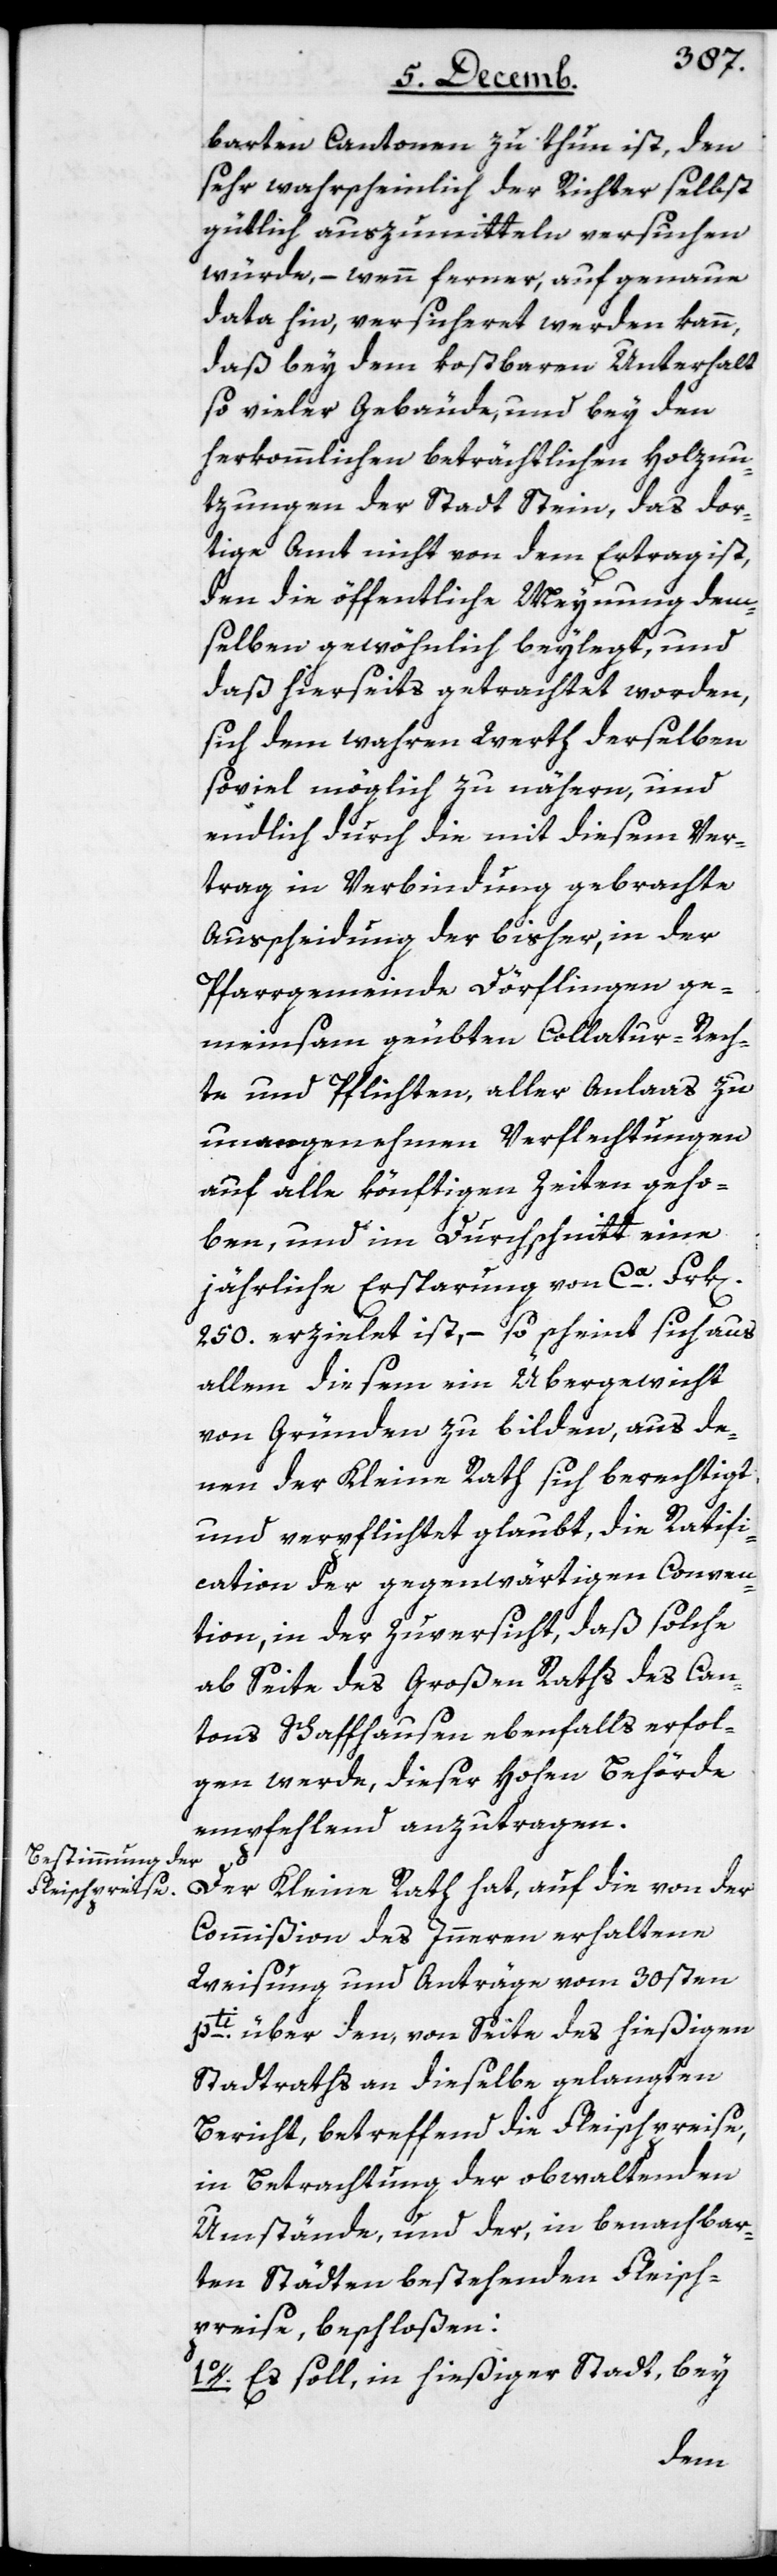
barten Cantonen zu thun ist, den
sehr wahrscheinlich der Richter selbst
gütlich auszumitteln versuchen
würde, – wenn ferner, auf genaue
Data hin, versicheret werden kann,
daß bey dem kostbaren Unterhalt
so vieler Gebäude, und bey den
herkömmlichen beträchtlichen Holznu¬
tzungen der Stadt Stein, das dor¬
tige Amt nicht von dem Ertrag ist,
den die öffentliche Meynung dem¬
selben gewöhnlich beylegt, und
daß hierseits getrachtet worden,
sich den wahren Wert derselben
soviel möglich zu nähern, und
endlich durch die mit diesem Ver¬
trag in Verbindung gebrachte
Ausscheidung, der bisher, in der
Pfarrgemeinde Dörflingen ge¬
meinsam geübten Collatur-Rech¬
te und Pflichten, aller Anlaas zu
unangenehmen Verflechtungen
auf alle künftigen Zeiten geho¬
ben, und im Durchschnitt eine
jährliche Ersparung von ca. Frk[en].
250. erzielet ist, – so scheint sich aus
allem diesem ein Übergewicht
von Gründen zu bilden, aus de¬
nen der Kleine Rath sich berechtigt
und verpflichtet glaubt, die Ratifi¬
cation der gegenwärtigen Conven¬
tion, in der Zuversicht, daß solche
ab Seite des Großen Raths des Can¬
tons Schaffhausen ebenfalls erfol¬
gen werde, dieser hohen Behörde
empfehlend anzutragen.
Der Kleine Rath hat, auf die von der
Commißion des Innern erhaltene
Weisung und Anträge vom 30sten
pti. über den, von Seite des hießigen
Stadtraths an dieselbe gelangten
Bericht, betreffend die Fleischpreise,
in Betrachtung der obwaltenden
Umstände, und der, in benachbar¬
ten Städten bestehenden Fleisch¬
preise, beschloßen:
1o. Es soll, in hießiger Stadt, bey